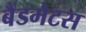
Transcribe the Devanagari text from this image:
बैंडमेटस